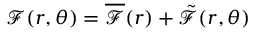
\mathcal { F } ( r , \theta ) = \overline { { \mathcal { F } } } ( r ) + \tilde { \mathcal { F } } ( r , \theta )